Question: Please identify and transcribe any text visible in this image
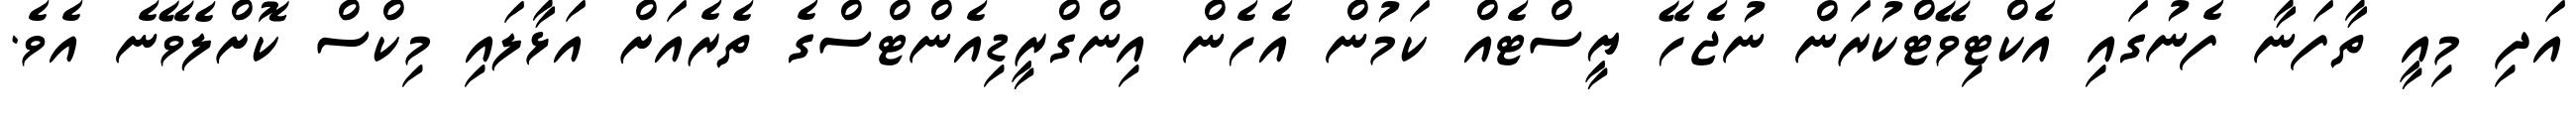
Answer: އަދި މިއީ ތާފަނާ ފެނުގައި އެކްޓިވޭޓްކުރަން ނުޖެހޭ ޔީސްޓެއް ކަމުން އެހެން އިންގްރީޑިއެންޓްސްގެ ތެރެއަށް އަޅާލައި މިކްސް ކޮށްލެވޭނެ އެވެ.